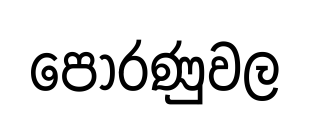
පෝරණුවල